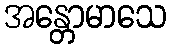
အန္တောမာသေ